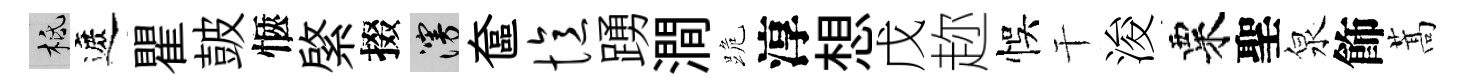
柢遮瞿皷愜綮掇漫奩忆踴澗跪淳想戊趂悞干浚粟聖泉飾蒿